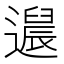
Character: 𬩚